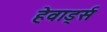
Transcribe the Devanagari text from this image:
हेवार्ड्स